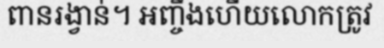
ពានរង្វាន់។ អញ្ចឹងហើយលោកត្រូវ